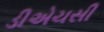
ડીએચસી